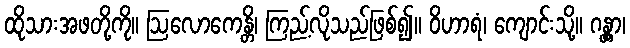
ထိုသားအဖတို့ကို။ ဩလောကေန္တိ၊ ကြည့်လိုသည်ဖြစ်၍။ ဝိဟာရံ၊ ကျောင်းသို့။ ဂန္တွာ၊